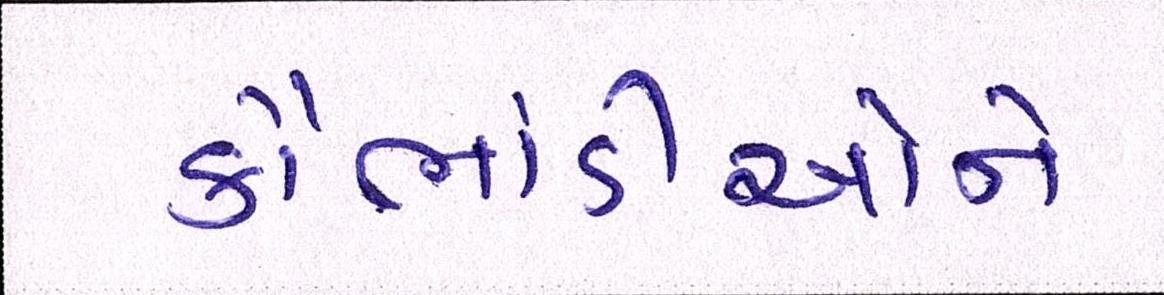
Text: કૌભાંડીઓને